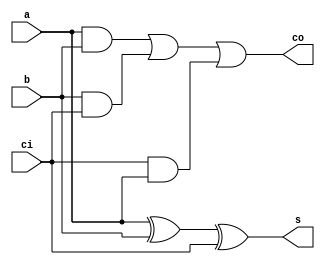

module fadd(a,b,ci,s,co);
	input  a,b,ci;
	output  s,co;
	assign s=a^b^ci;
	assign co=(a&b)|(b&ci)|(ci&a);
endmodule
module hadd(a,b,s,co);
	input  a,b;
	output  s,co;
	assign s=a^b;
	assign co=(a&b);
endmodule



module project(a,b,s);
	input [7:0]a,b;
	output [15:0]s;
	reg [63:0]A;
	
	wire [7:0]S1,C1,S2,C2,S3,C3,S4,C4;///intermidiate carry and sum
	wire [9:0]S5,C5,S7,C7;///intermidiate carry and sum
	wire [10:0]S6,C6;///intermidiate carry and sum
	integer i,j;
	always @* begin
		for( i=0;i<8;i=i+1)
			begin
				for( j=0;j<8;j=j+1)
					begin
						A[8*i+j]<=(a[i]&b[j]);
					end
			end
		
	end
	//first row
	assign s[0]=A[0];//zero
	hadd ha1(A[1],A[8],S1[0],C1[0]);	
	assign s[1]=S1[0];//first
	genvar l;
	generate for (l= 0; l < 6; l= l + 1) begin
		fadd fa1[5:0](A[l+2],A[l+9],A[l+16],S1[l+1],C1[l+1]);
	end endgenerate
	hadd ha2(A[15],A[23],S1[7],C1[7]);
	
	//second row
	hadd ha3(A[25],A[32],S2[0],C2[0]);	
	genvar m;
	generate for (m= 0; m< 6; m= m + 1) begin
		fadd fa2[5:0](A[m+26],A[m+33],A[m+40],S2[m+1],C2[m+1]);
	end endgenerate	
	hadd ha4(A[39],A[46],S2[7],C2[7]);
	
	//third row	
	hadd ha5(S1[1],C1[0],S3[0],C3[0]);
	assign s[2]=S3[0];//second
	
	fadd fa3(S1[2],C1[1],A[24],S3[1],C3[1]);
	genvar l1;
	generate for (l1= 0; l1 < 5; l1= l1 + 1) begin
		fadd fa4[5:0](S1[3+l1],S2[l1],C1[2+l1],S3[l1+2],C3[l1+2]);
	end endgenerate	
	fadd fa5(A[23],S2[5],C1[7],S3[7],C3[7]);
	
	//fourth row
	hadd ha6(C2[1],A[48],S4[0],C4[0]);
	
	genvar l2;
	generate for (l2= 0; l2 < 6; l2= l2+ 1) begin
		fadd fa6[5:0](C2[l2+2],A[49+l2],A[56+l2],S4[1+l2],C4[1+l2]);
	end endgenerate			
	hadd ha7(A[55],A[62],S4[7],C4[7]);
	
	//fifth row
	hadd ha8(S3[1],C3[0],S5[0],C5[0]);
	assign s[3]=S5[0];//third
	hadd ha9(S3[2],C3[1],S5[1],C5[1]);
	fadd fa7(S3[3],C3[2],C2[0],S5[2],C5[2]);
	genvar l3;
	generate for (l3= 0; l3 < 4; l3= l3+ 1) begin	
		fadd fa8[3:0](S3[l3+4],S4[l3],C3[l3+3],S5[l3+3],C5[3+l3]);
	end 
	endgenerate			
	fadd fa9(S4[4],C4[3],C3[7],S5[7],C5[7]);
	hadd ha10(S4[5],C4[4],S5[8],C5[8]);
	hadd ha11(S4[6],C4[5],S5[9],C5[9]);
	
	//sixth row
	hadd ha12(S5[1],C5[0],S6[0],C6[0]);
	assign s[4]=S6[0];//fourth
	hadd ha13(S5[2],C5[1],S6[1],C6[1]);
	hadd ha14(S5[3],C5[2],S6[2],C6[2]);
	genvar l4;
	generate for (l4= 0; l4 < 3; l4= l4+ 1) begin	
		fadd fa10[2:0](S5[l4+4],C5[3+l4],C4[l4],S6[l4+3],C6[3+l4]);
	end 
	endgenerate
	fadd fa11(S5[7],C5[6],S2[6], S6[6],C6[6]);
	fadd fa12(S5[8],C5[7],S2[7], S6[7],C6[7]);
	fadd fa13(S5[9],C5[8],A[47], S6[8],C6[8]);
	fadd fa14(S4[7],C4[6],C5[9],S6[9],C6[9]);
	hadd ha15(A[63],C4[7],S6[10],C6[10]);
	
	//seventh row
	hadd ha16(S6[1],C6[0],S7[0],C7[0]);
	assign s[5]=S7[0];//fifth
	genvar l5;
	generate for (l5= 0; l5 < 9; l5= l5+ 1) begin	
		fadd fa15[8:0](S6[2+l5],C6[1+l5],C7[l5],S7[1+l5],C7[1+l5]);
		assign s[6+l5]=S7[l5+1];
	end 
	endgenerate
	assign s[15]=C6[10];
			 
			 
			 
			 
endmodule
		  
module testbench();
	reg[7:0]a,b;
	wire [15:0]s;
	
	
	project a1(a,b,s);
	initial begin
		$monitor("a=%d,b=%d,s=%d",a,b,s);
		//b=8'b11111111;a=8'b11111111;
		a=8'd100;b=8'd23;
		
		$finish;
	end
endmodule